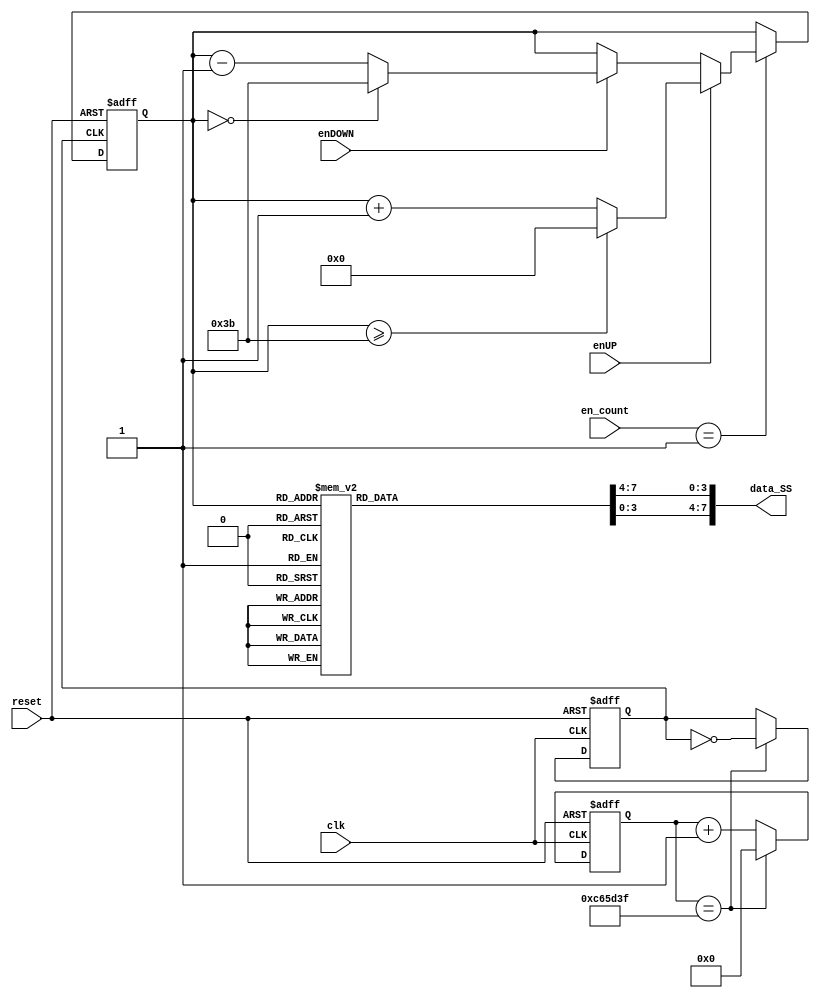
`timescale 1ns / 1ps
//////////////////////////////////////////////////////////////////////////////////
// Company: 
// 
// Design Name: 
// Module Name:    contador_AD_SS_2dig 
// Project Name: 
// Target Devices: 
// Tool versions: 
// Description: 
//
// Dependencies: 
//
// Revision: 
// Revision 0.01 - File Created
// Additional Comments: 
//
//////////////////////////////////////////////////////////////////////////////////
module contador_AD_SS_2dig
(
input wire clk,
input wire reset,
input wire [3:0] en_count,
input wire enUP,
input wire enDOWN,
output wire [7:0] data_SS//Dgitos BCD ya concatenados hacia los registros(8 bits)
);

localparam N = 6; // Para definir el nmero de bits del contador (hasta 59->6 bits)
//Declaracin de seales
reg [N-1:0] q_act, q_next;
/*reg enUP_reg, enDOWN_reg;
wire enUP_tick, enDOWN_tick;*/
wire [N-1:0] count_data;
reg [3:0] digit1, digit0;


/*//Deteccin de flancos
always@(posedge clk)
begin
enUP_reg <= enUP;
enDOWN_reg <= enDOWN;
end

assign enUP_tick = ~enUP_reg & enUP;
assign enDOWN_tick = ~enDOWN_reg & enDOWN;*/

//=============================================
// Bits del contador para generar una seal peridica de (2^N)*10ns
localparam N_bits =24;//~4Hz

reg [N_bits-1:0] btn_pulse_reg;
reg btn_pulse;

always @(posedge clk, posedge reset)
begin
	if (reset)begin btn_pulse_reg <= 0; btn_pulse <= 0; end
	
	else
	begin
		if (btn_pulse_reg == 24'd12999999)
			begin
			btn_pulse_reg <= 0;
			btn_pulse <= ~btn_pulse;
			end
		else
			btn_pulse_reg <= btn_pulse_reg + 1'b1;
	end
end	
//____________________________________________________________________________________________________________


//Descripcin del comportamiento
always@(posedge btn_pulse, posedge reset)
begin	
	
	if(reset)
	begin
		q_act <= 6'b0;
	end
	
	else
	begin
		q_act <= q_next;
	end
end


//Lgica de salida

always@*
begin

	if (en_count == 1)
	begin
		if (enUP)
		begin
			if (q_act >= 6'd59) q_next = 6'd0;
			else q_next = q_act + 6'd1;
		end
		
		else if (enDOWN)
		begin
			if (q_act == 6'd0) q_next = 6'd59;
			else q_next = q_act - 6'd1;
		end
		else q_next = q_act;
	end
	else q_next = q_act;
	
end

assign count_data = q_act;

//Decodificacin BCD (2 dgitos)

always@*
begin
case(count_data)
6'd0: begin digit1 = 4'b0000; digit0 = 4'b0000; end
6'd1: begin digit1 = 4'b0000; digit0 = 4'b0001; end
6'd2: begin digit1 = 4'b0000; digit0 = 4'b0010; end
6'd3: begin digit1 = 4'b0000; digit0 = 4'b0011; end
6'd4: begin digit1 = 4'b0000; digit0 = 4'b0100; end
6'd5: begin digit1 = 4'b0000; digit0 = 4'b0101; end
6'd6: begin digit1 = 4'b0000; digit0 = 4'b0110; end
6'd7: begin digit1 = 4'b0000; digit0 = 4'b0111; end
6'd8: begin digit1 = 4'b0000; digit0 = 4'b1000; end
6'd9: begin digit1 = 4'b0000; digit0 = 4'b1001; end

6'd10: begin digit1 = 4'b0001; digit0 = 4'b0000; end
6'd11: begin digit1 = 4'b0001; digit0 = 4'b0001; end
6'd12: begin digit1 = 4'b0001; digit0 = 4'b0010; end
6'd13: begin digit1 = 4'b0001; digit0 = 4'b0011; end
6'd14: begin digit1 = 4'b0001; digit0 = 4'b0100; end
6'd15: begin digit1 = 4'b0001; digit0 = 4'b0101; end
6'd16: begin digit1 = 4'b0001; digit0 = 4'b0110; end
6'd17: begin digit1 = 4'b0001; digit0 = 4'b0111; end
6'd18: begin digit1 = 4'b0001; digit0 = 4'b1000; end
6'd19: begin digit1 = 4'b0001; digit0 = 4'b1001; end

6'd20: begin digit1 = 4'b0010; digit0 = 4'b0000; end
6'd21: begin digit1 = 4'b0010; digit0 = 4'b0001; end
6'd22: begin digit1 = 4'b0010; digit0 = 4'b0010; end
6'd23: begin digit1 = 4'b0010; digit0 = 4'b0011; end
6'd24: begin digit1 = 4'b0010; digit0 = 4'b0100; end
6'd25: begin digit1 = 4'b0010; digit0 = 4'b0101; end
6'd26: begin digit1 = 4'b0010; digit0 = 4'b0110; end
6'd27: begin digit1 = 4'b0010; digit0 = 4'b0111; end
6'd28: begin digit1 = 4'b0010; digit0 = 4'b1000; end
6'd29: begin digit1 = 4'b0010; digit0 = 4'b1001; end

6'd30: begin digit1 = 4'b0011; digit0 = 4'b0000; end
6'd31: begin digit1 = 4'b0011; digit0 = 4'b0001; end
6'd32: begin digit1 = 4'b0011; digit0 = 4'b0010; end
6'd33: begin digit1 = 4'b0011; digit0 = 4'b0011; end
6'd34: begin digit1 = 4'b0011; digit0 = 4'b0100; end
6'd35: begin digit1 = 4'b0011; digit0 = 4'b0101; end
6'd36: begin digit1 = 4'b0011; digit0 = 4'b0110; end
6'd37: begin digit1 = 4'b0011; digit0 = 4'b0111; end
6'd38: begin digit1 = 4'b0011; digit0 = 4'b1000; end
6'd39: begin digit1 = 4'b0011; digit0 = 4'b1001; end

6'd40: begin digit1 = 4'b0100; digit0 = 4'b0000; end
6'd41: begin digit1 = 4'b0100; digit0 = 4'b0001; end
6'd42: begin digit1 = 4'b0100; digit0 = 4'b0010; end
6'd43: begin digit1 = 4'b0100; digit0 = 4'b0011; end
6'd44: begin digit1 = 4'b0100; digit0 = 4'b0100; end
6'd45: begin digit1 = 4'b0100; digit0 = 4'b0101; end
6'd46: begin digit1 = 4'b0100; digit0 = 4'b0110; end
6'd47: begin digit1 = 4'b0100; digit0 = 4'b0111; end
6'd48: begin digit1 = 4'b0100; digit0 = 4'b1000; end
6'd49: begin digit1 = 4'b0100; digit0 = 4'b1001; end

6'd50: begin digit1 = 4'b0101; digit0 = 4'b0000; end
6'd51: begin digit1 = 4'b0101; digit0 = 4'b0001; end
6'd52: begin digit1 = 4'b0101; digit0 = 4'b0010; end
6'd53: begin digit1 = 4'b0101; digit0 = 4'b0011; end
6'd54: begin digit1 = 4'b0101; digit0 = 4'b0100; end
6'd55: begin digit1 = 4'b0101; digit0 = 4'b0101; end
6'd56: begin digit1 = 4'b0101; digit0 = 4'b0110; end
6'd57: begin digit1 = 4'b0101; digit0 = 4'b0111; end
6'd58: begin digit1 = 4'b0101; digit0 = 4'b1000; end
6'd59: begin digit1 = 4'b0101; digit0 = 4'b1001; end

default:  begin digit1 = 0; digit0 = 0; end
endcase
end

assign data_SS = {digit1,digit0};
endmodule